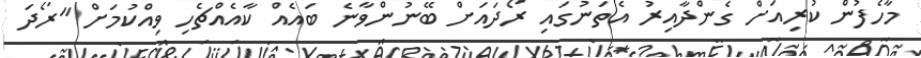
މާހެފުން ކުރިއަށް ގެންދާއިރު އެތަނުގައި ރޯދައަށް ބޭނުންވާނެ ބައެއް ކާއެއްޗެހި ވިއްކުމަށް "ރޯދަ